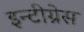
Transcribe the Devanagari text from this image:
इन्टीग्रेस